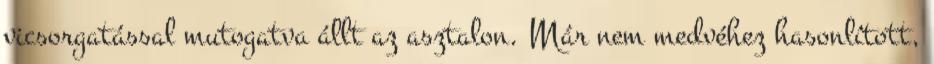
vicsorgatással mutogatva állt az asztalon. Már nem medvéhez hasonlított,